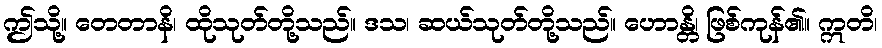
ဤသို့။ တေတာနိ၊ ထိုသုတ်တို့သည်။ ဒသ၊ ဆယ်သုတ်တို့သည်။ ဟောန္တိ၊ ဖြစ်ကုန်၏။ ဣတိ၊